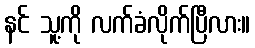
နင် သူ့ကို လက်ခံလိုက်ပြီလား။